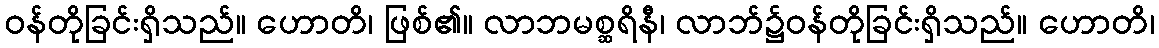
ဝန်တိုခြင်းရှိသည်။ ဟောတိ၊ ဖြစ်၏။ လာဘမစ္ဆရိနီ၊ လာဘ်၌ဝန်တိုခြင်းရှိသည်။ ဟောတိ၊